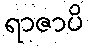
ရာဇာပိ